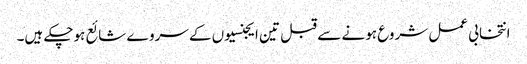
انتخابی عمل شروع ہونے سے قبل تین ایجنسیوں کے سروے شائع ہوچکے ہیں۔